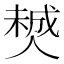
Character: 𠎶